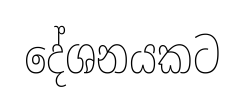
දේශනයකට